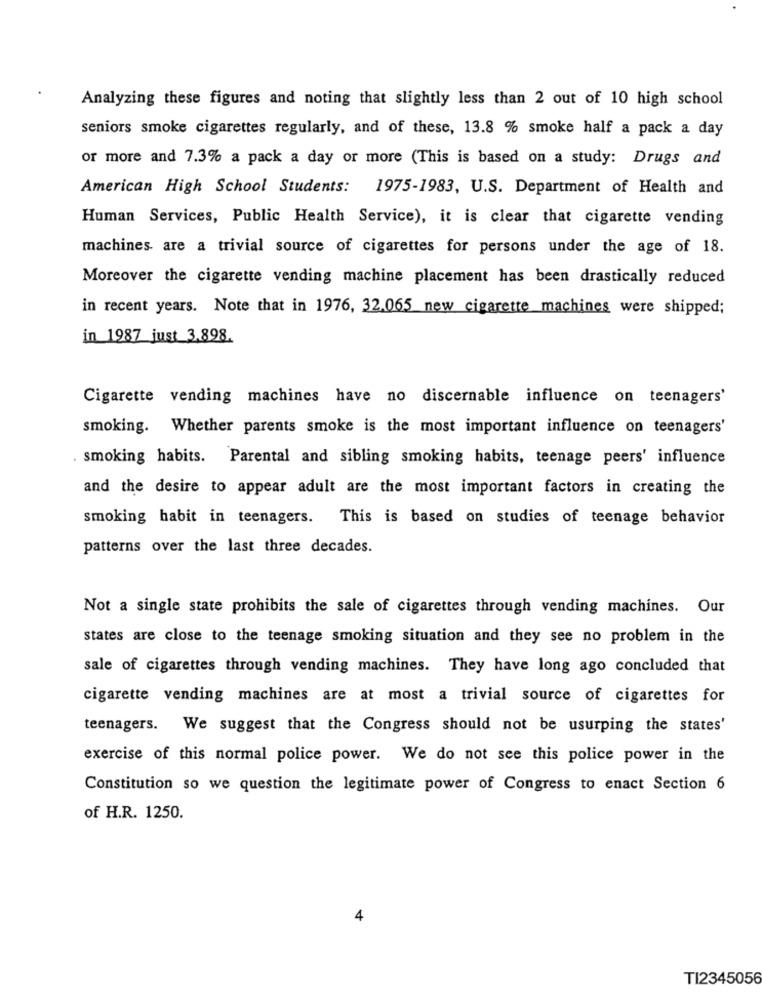
Analyzing these figures and noting that slightly less than 2 out of 10 high school
seniors smoke cigarettes regularly, and of these, 13.8 % smoke half a pack a day
or more and 7.3% a pack a day or more (This is based on a study: Drugs and
American High School Students: 1975-1983, U.S. Department of Health and
Human Services, Public Health Service), it is clear that cigarette vending
machines are a trivial source of cigarettes for persons under the age of 18.
Moreover the cigarette vending machine placement has been drastically reduced
in recent years. Note that in 1976, 32.065 new cigarette machines were shipped;
in 1987 just 3.898.
Cigarette vending machines have no discernable influence on teenagers'
smoking. Whether parents smoke is the most important influence on teenagers'
. smoking habits. Parental and sibling smoking habits, teenage peers' influence
and the desire to appear adult are the most important factors in creating the
smoking habit in teenagers. This is based on studies of teenage behavior
patterns over the last three decades.
Not a single state prohibits the sale of cigarettes through vending machines. Our
states are close to the teenage smoking situation and they see no problem in the
sale of cigarettes through vending machines. They have long ago concluded that
cigarette vending machines are at most a trivial source of cigarettes for
teenagers. We suggest that the Congress should not be usurping the states'
exercise of this normal police power. We do not see this police power in the
Constitution so we question the legitimate power of Congress to enact Section 6
of H.R. 1250.
4
TI2345056